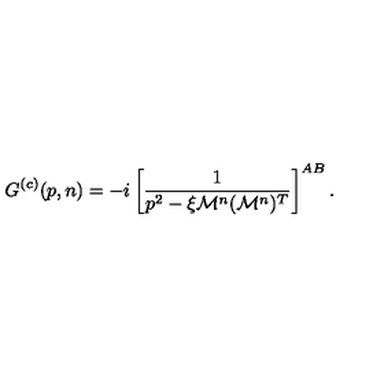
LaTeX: G ^ { ( c ) } ( p , n ) = - i \left[ \frac { 1 } { p ^ { 2 } - \xi \mathcal { M } ^ { n } ( \mathcal { M } ^ { n } ) ^ { T } } \right] ^ { A B } .